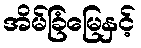
အိမ်ခြံမြေနှင့်